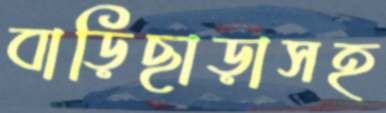
বাড়িছাড়াসহ